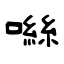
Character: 噝